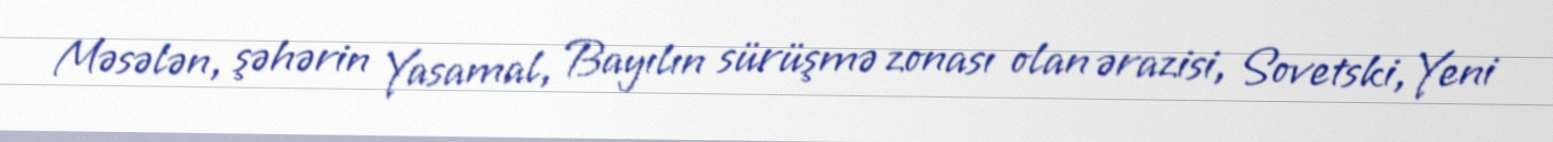
Məsələn, şəhərin Yasamal, Bayılın sürüşmə zonası olan ərazisi, Sovetski, Yeni